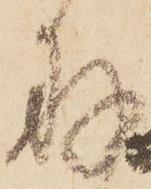
存